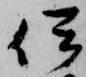
伊